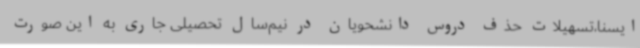
ایسنا،تسهیلات حذف دروس دانشحویان در نیم‌سال تحصیلی جاری به این صورت